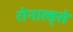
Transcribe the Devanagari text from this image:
रोनाल्ड्से